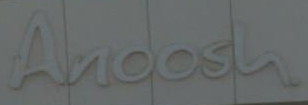
Anoosh